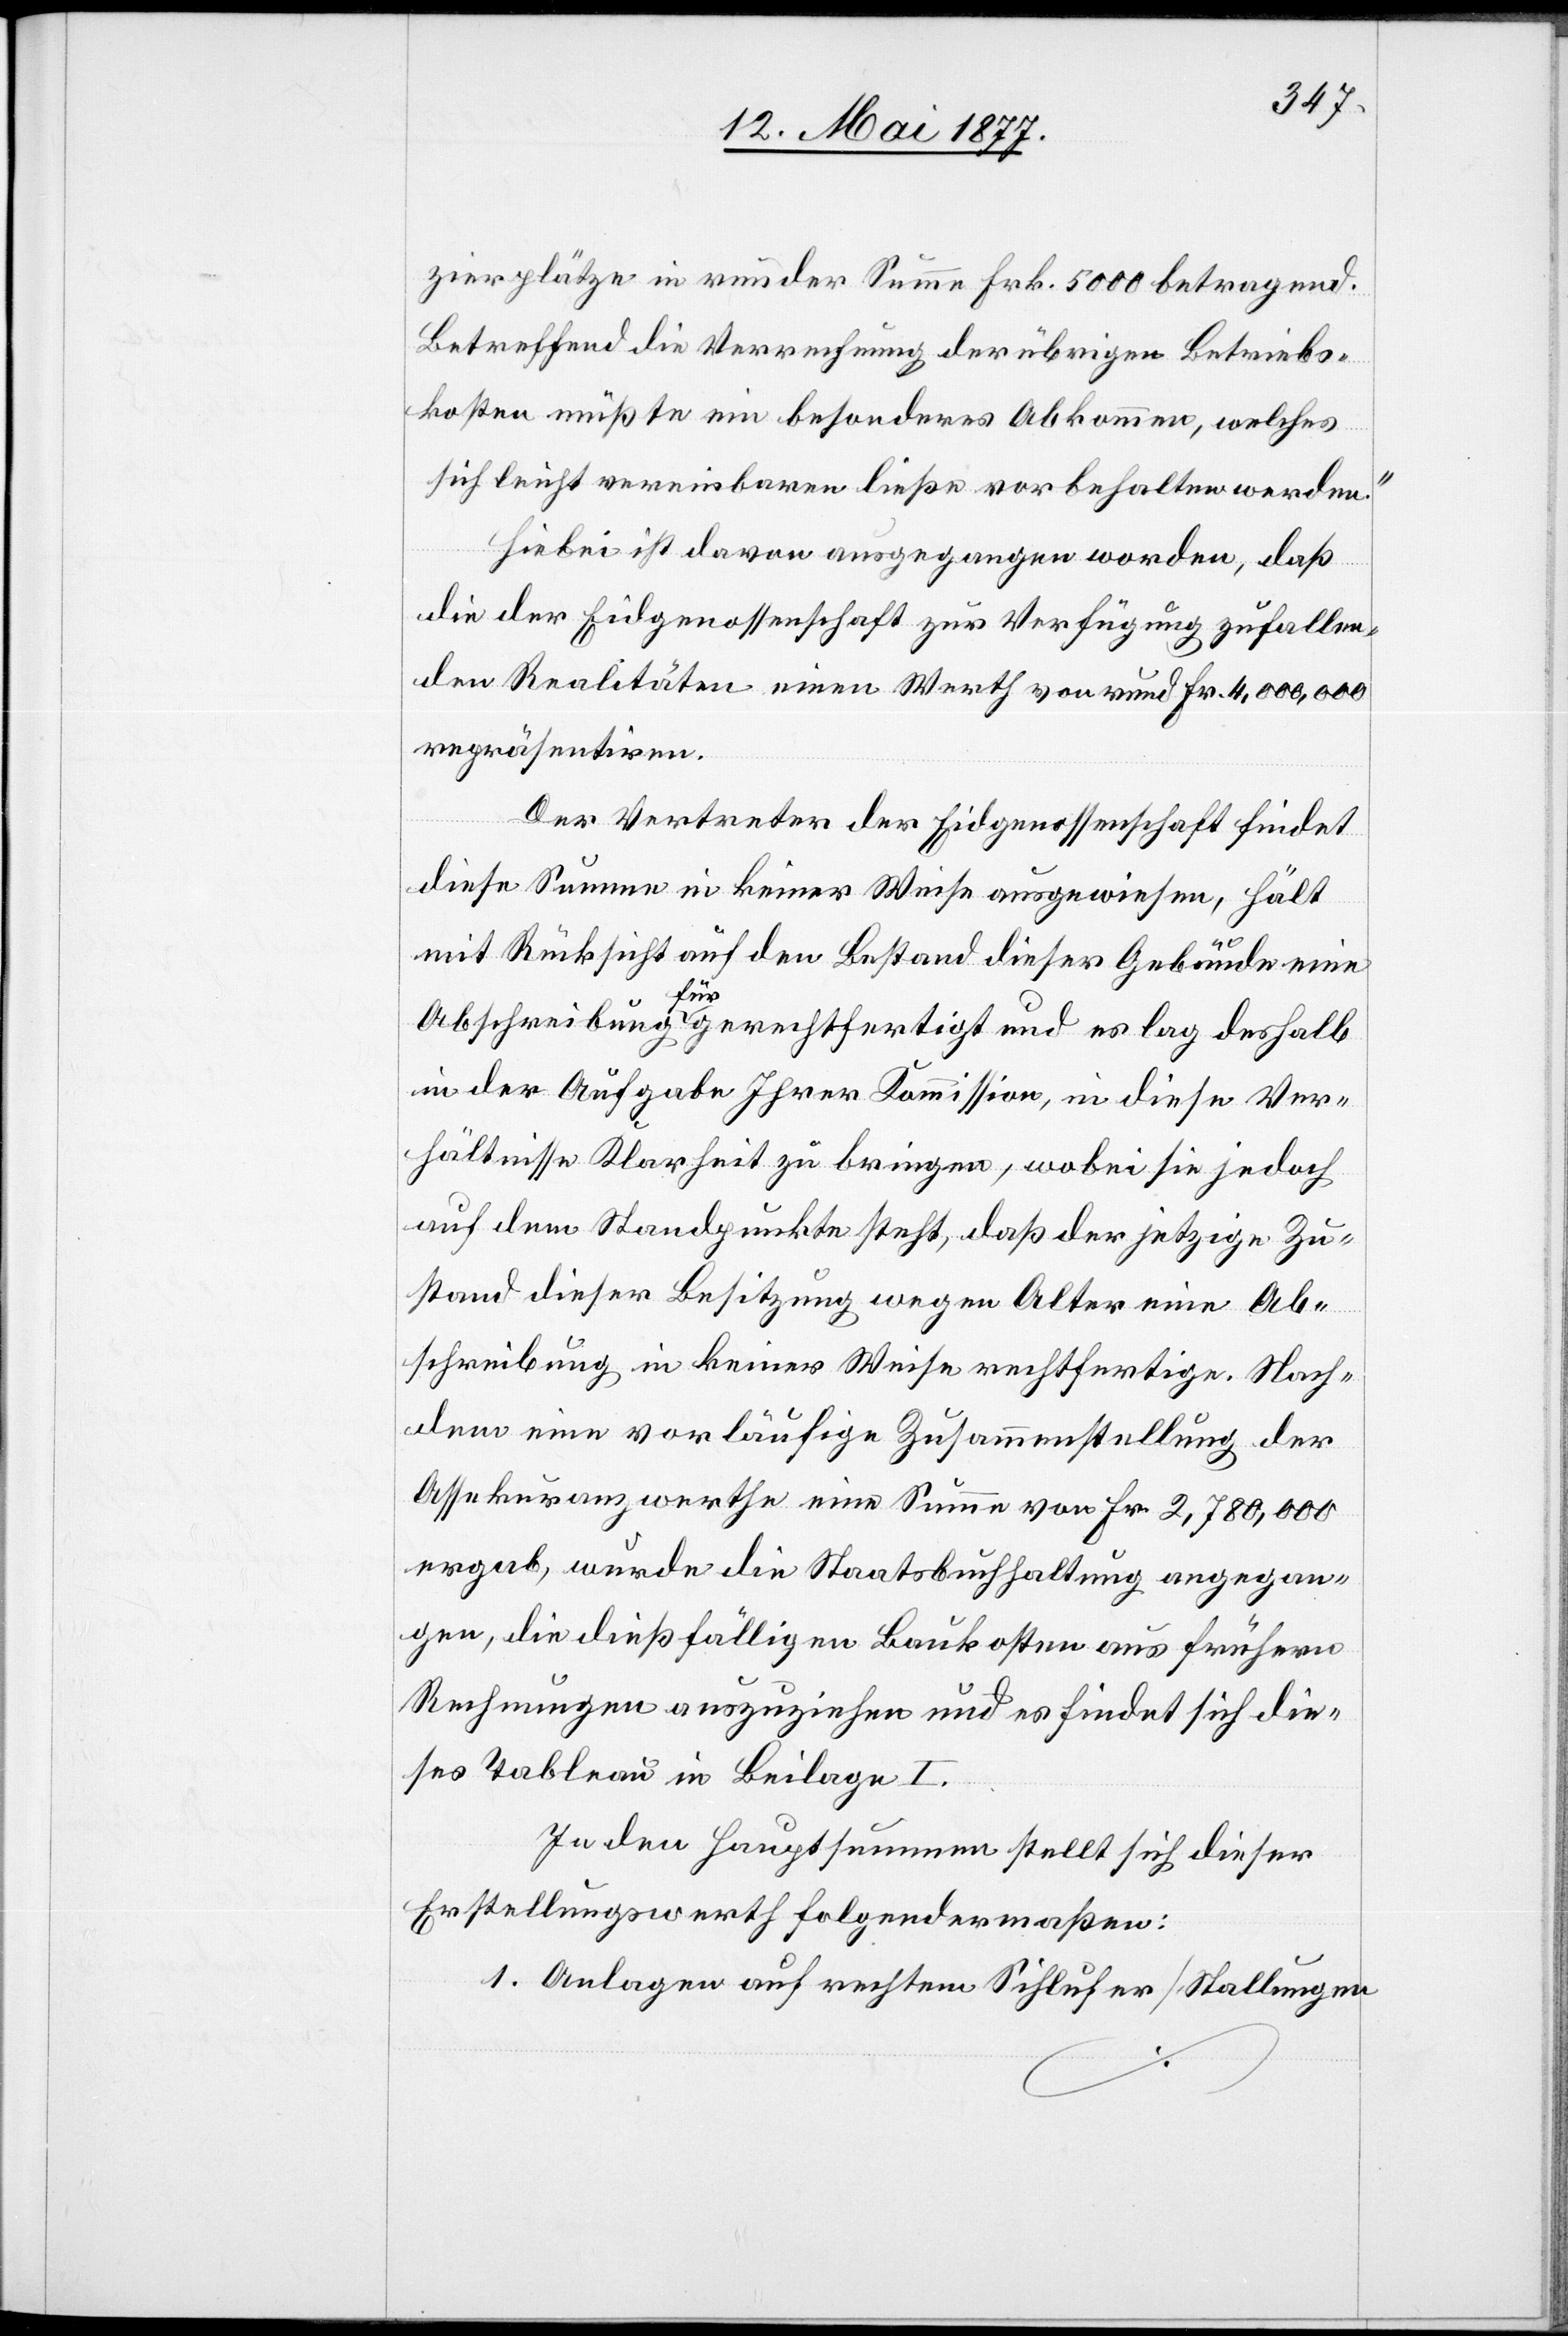
zierplätze in runder Summe Frk. 5000 betragend.
Betreffend die Verrechnung der übrigen Betriebs¬
kosten müßte ein besonderes Abkommen, welches
sich leicht vereinbaren ließe vorbehalten werden.“
Hiebei ist davon ausgegangen worden, daß
die der Eidgenossenschaft zur Verfügung zufallen¬
den Realitäten einen Werth von rund Fr. 4,000,000
repräsentiren.
Der Vertreter der Eidgenossenschaft findet
diese Summe in keiner Weise ausgewiesen, hält
mit Rücksicht auf den Bestand dieser Gebäude eine
Abschreibung für gerechtfertigt und es lag deshalb
in der Aufgabe Ihrer Kommission, in diese Ver¬
hältnisse Klarheit zu bringen, wobei sie jedoch
auf dem Standpunkte steht, daß der jetzige Zu¬
stand dieser Besitzung wegen Alter eine Ab¬
schreibung in keiner Weise rechtfertige. Nach¬
dem eine vorläufige Zusammenstellung der
Assekuranzwerthe eine Summe von Fr. 2,780,000
ergab, wurde die Staatsbuchhaltung angegan¬
gen, die dießfälligen Baukosten aus frühern
Rechnungen auszuziehen und es findet sich die¬
ses Tableau in Beilage I.
In den Hauptsummen stellt sich dieser
Erstellungswerth folgendermaßen:
1. Anlagen auf rechtem Sihlufer [Stallungen